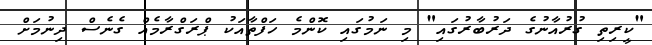
"ކީރިތި ގުރުއާނުގެ ދަރުބާރުގައި" މި ނަމުގައި ކޮންމެ ހަފްތާއަކު ޕްރަގްރާމެއް ގެނެސް ދިނުމަށް